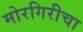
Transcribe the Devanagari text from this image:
मोरगिरीचा